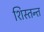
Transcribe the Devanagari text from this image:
शिस्तन्त